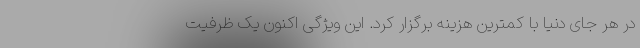
در هر جای دنیا با کمترین هزینه برگزار کرد. این ویژگی اکنون یک ظرفیت